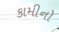
કામીનો